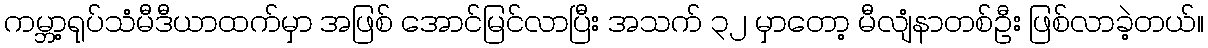
ကမ္ဘာ့ရုပ်သံမီဒီယာထက်မှာ အဖြစ် အောင်မြင်လာပြီး အသက် ၃၂ မှာတော့ မီလျံနာတစ်ဦး ဖြစ်လာခဲ့တယ်။